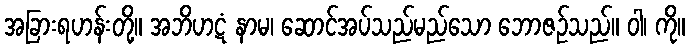
အခြားရဟန်းတို့။ အဘိဟဋံ နာမ၊ ဆောင်အပ်သည်မည်သော ဘောဇဉ်သည်။ ဝါ၊ ကို။